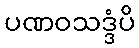
ပဏဝသဒ္ဒံပိ